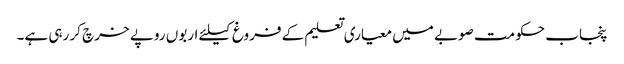
پنجاب حکومت صوبے میں معیاری تعلیم کے فروغ کیلئے اربوں روپے خرچ کر رہی ہے۔